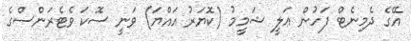
އޭގެ ދެމިނެޓް ފަހުން ޢަލީ ޝަމީމު (ކޮޔަރު އައްޔަ) ވަނީ ސޮކަ ވެޓެރަންސްގެ